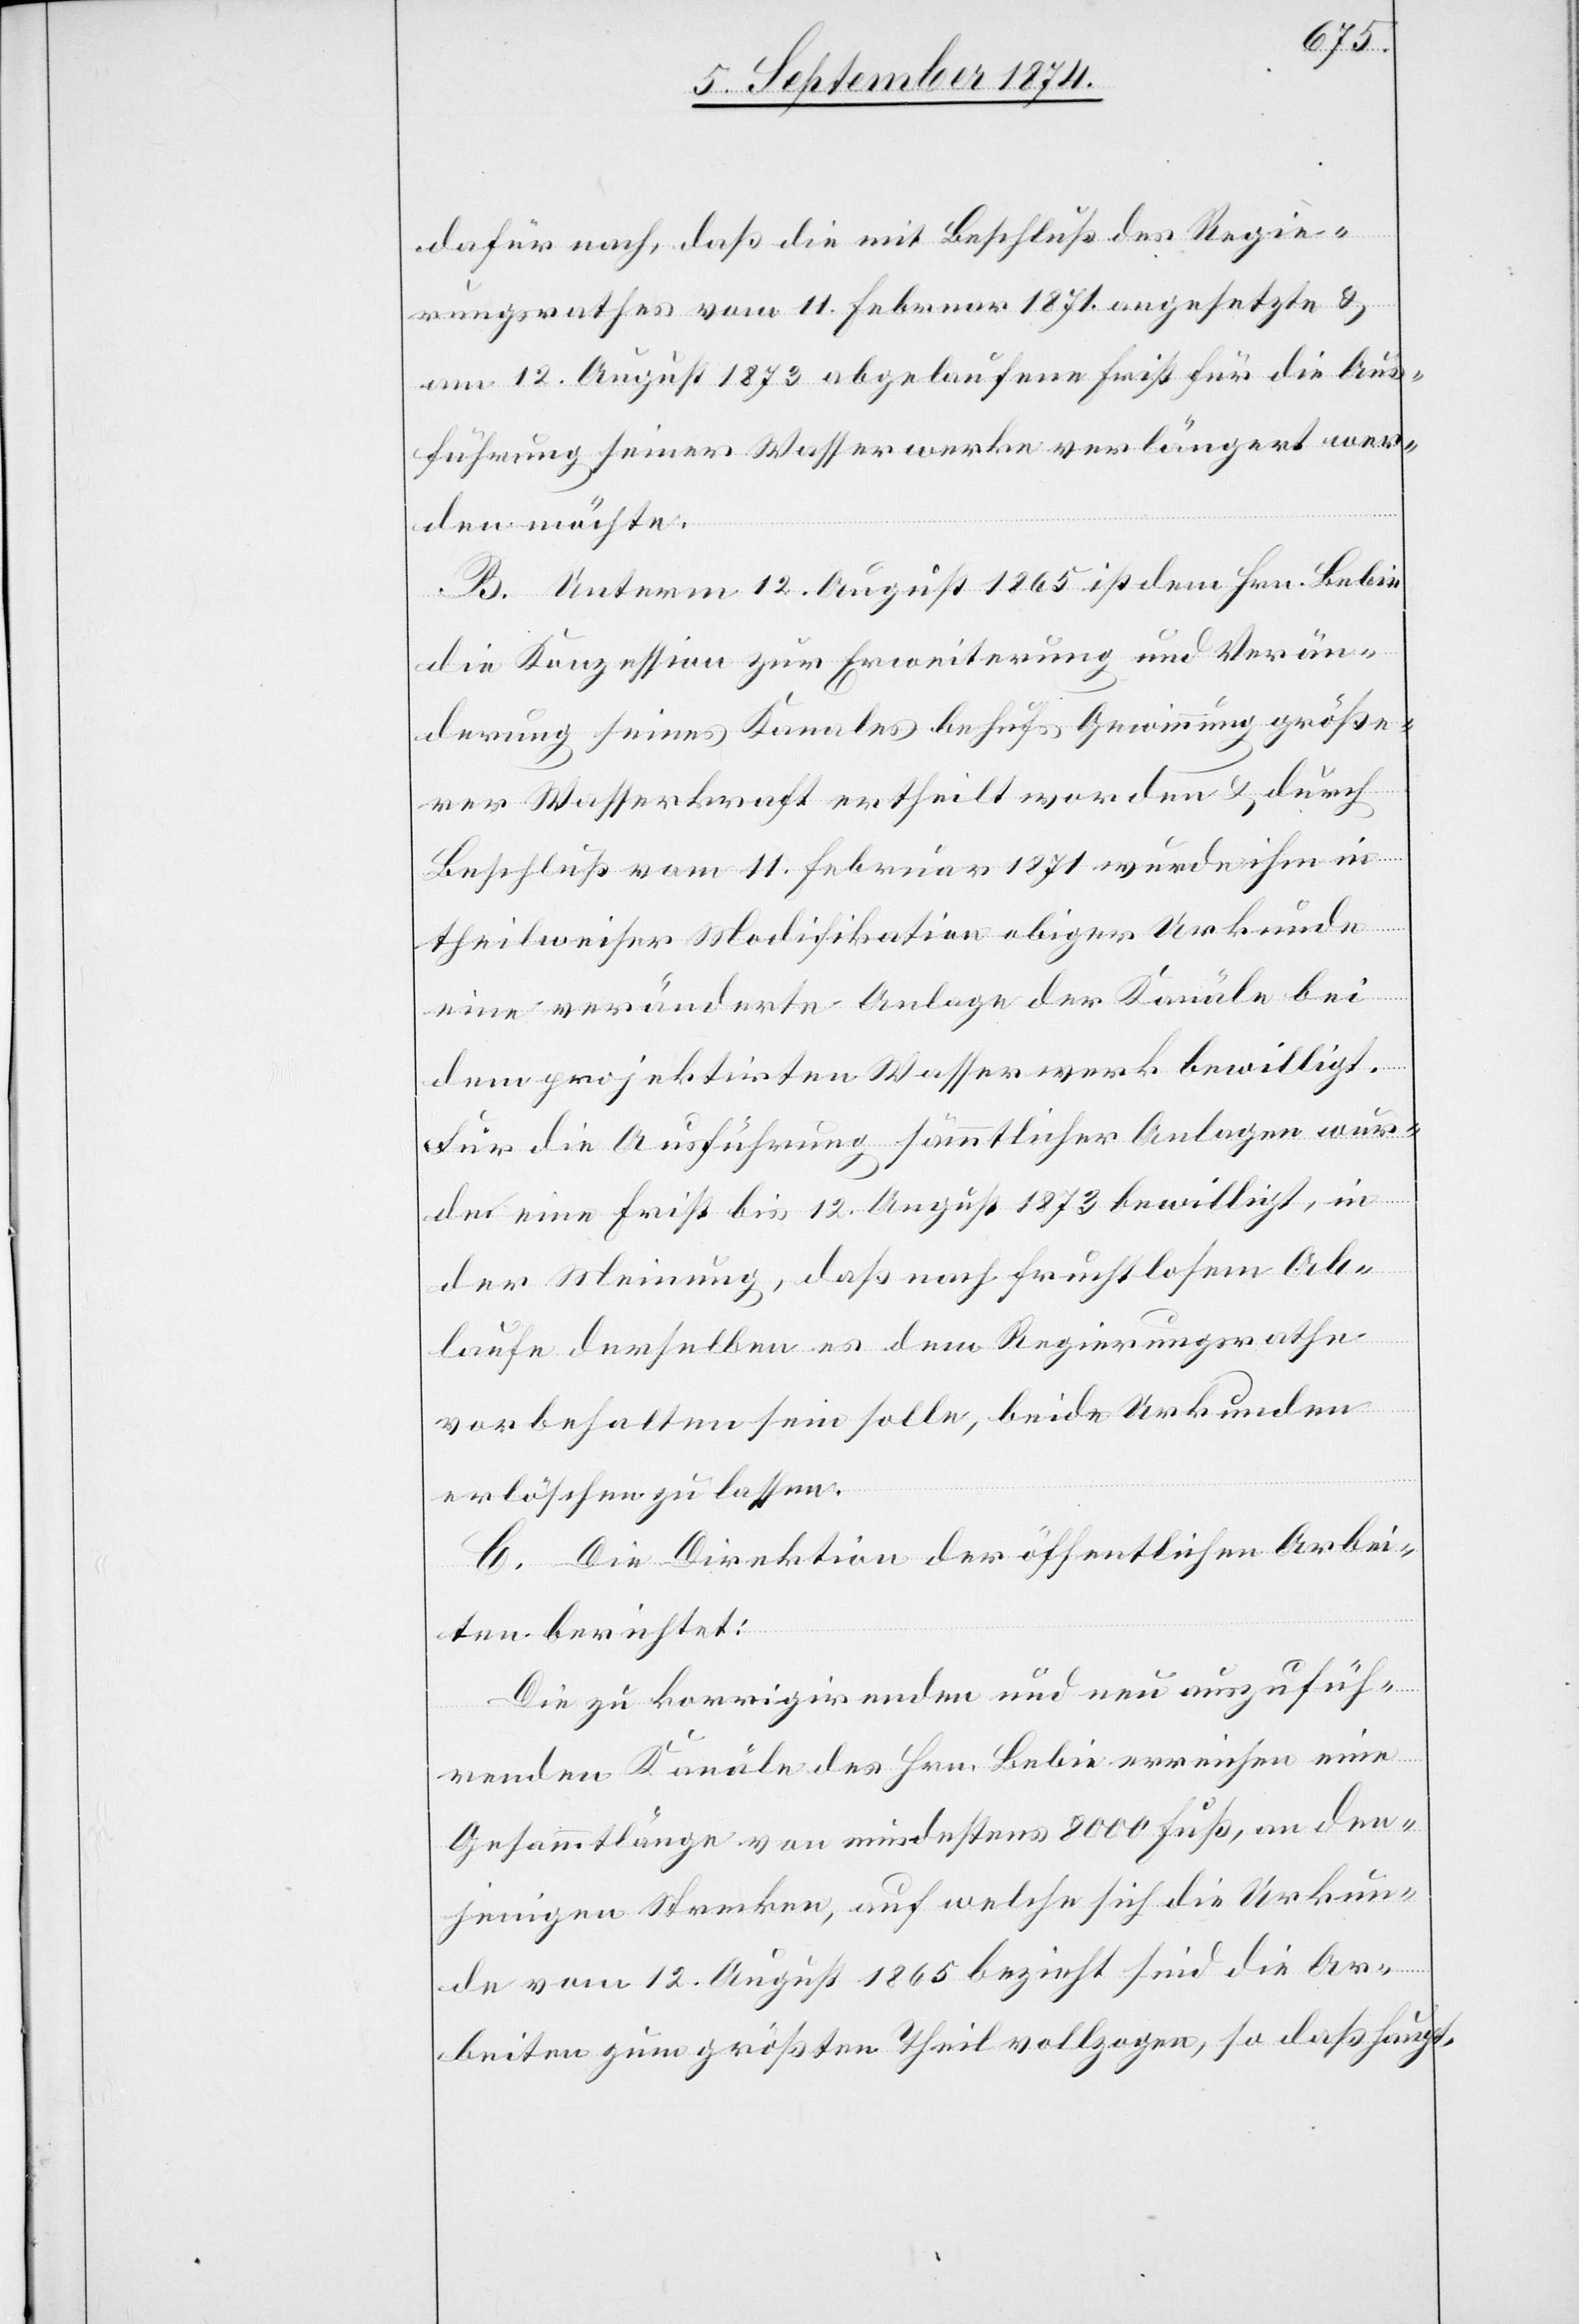
dafür nach, daß die mit Beschluß des Regie¬
rungsrathes vom 11. Februar 1871 angesetzte u.
am 12. August 1873 abgelaufene Frist für die Aus¬
führung seiner Wasserwerke verlängert wer¬
den möchte.
B. Unterm 12. August 1865 ist dem Hrn. Bebie
die Konzession zur Erweiterung und Verän¬
derung seines Kanales behufs Gewinnung größe¬
rer Wasserkraft ertheilt worden u. durch
Beschluß vom 11. Februar 1871 wurde ihm in
theilweiser Modifikation obiger Urkunde
eine veränderte Anlage der Kanäle bei
dem projektirten Wasserwerk bewilligt.
Für die Ausführung sämmtlicher Anlagen wur¬
de eine Frist bis 12. August 1873 bewilligt, in
der Meinung, daß nach fruchtlosem Ab¬
laufe derselben es dem Regierungsrathe
vorbehalten sein solle, beide Urkunden
erlöschen zu lassen.
C. Die Direktion der öffentlichen Arbei¬
ten berichtet:
Die zu korrigirenden und neu auszufüh¬
renden Kanäle des Hrn. Bebie erreichen eine
Gesammtlänge von mindestens 8000 Fuß, an den¬
jenigen Strecken, auf welche sich die Urkun¬
de vom 12. August 1865 bezieht sind die Ar¬
beiten zum größten Theil vollzogen, so daß haupt-